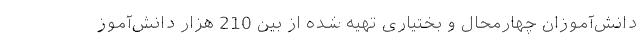
دانش‌آموزان چهارمحال و بختیاری تهیه شده از بین 210 هزار دانش‌آموز